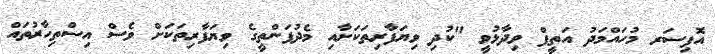
އޮފިސަރ މުހައްމަދު އަތީފް ވިދާޅުވީ "ކުދި ވިޔަފާރިތަކަށާއި މެދުފަންތީގެ ވިޔަފާރިތަަކަށް ވެސް އިސްތިހާރުތައް